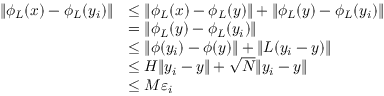
\begin{array} { r l } { \| \phi _ { L } ( x ) - \phi _ { L } ( y _ { i } ) \| } & { \leq \| \phi _ { L } ( x ) - \phi _ { L } ( y ) \| + \| \phi _ { L } ( y ) - \phi _ { L } ( y _ { i } ) \| } \\ & { = \| \phi _ { L } ( y ) - \phi _ { L } ( y _ { i } ) \| } \\ & { \leq \| \phi ( y _ { i } ) - \phi ( y ) \| + \| L ( y _ { i } - y ) \| } \\ & { \leq H \| y _ { i } - y \| + \sqrt { N } \| y _ { i } - y \| } \\ & { \leq M \varepsilon _ { i } } \end{array}